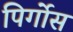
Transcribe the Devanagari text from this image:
पिर्गोस